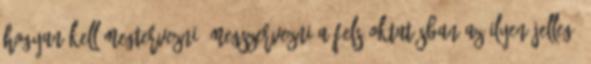
hogyan kell megtervezni, megszervezni a felsőoktatásban az ilyen jellegű